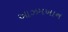
આઝમખાન